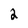
Character: 2